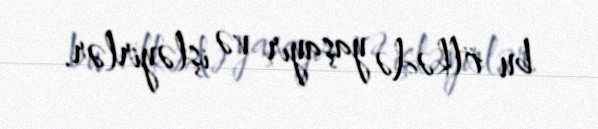
bu ölkədə yaşayır və işləyirlər.